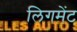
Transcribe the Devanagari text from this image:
लिगमेंट